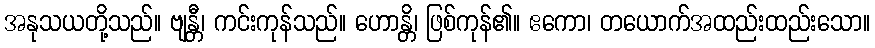
အနုသယတို့သည်။ ဗျန္တီ၊ ကင်းကုန်သည်။ ဟောန္တိ၊ ဖြစ်ကုန်၏။ ဧကော၊ တယောက်အထည်းထည်းသော။